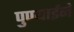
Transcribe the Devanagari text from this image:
पुण्याईनें